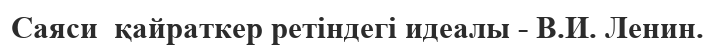
Саяси  қайраткер ретіндегі идеалы - В.И. Ленин.